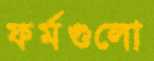
ফর্মগুলো